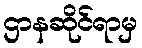
ဌာနဆိုင်ရာမှ